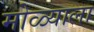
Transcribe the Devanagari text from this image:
मोळ्याला